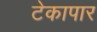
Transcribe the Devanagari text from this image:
टेकापार